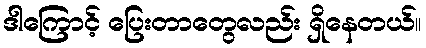
ဒါကြောင့် ပြေးတာတွေလည်း ရှိနေတယ်။